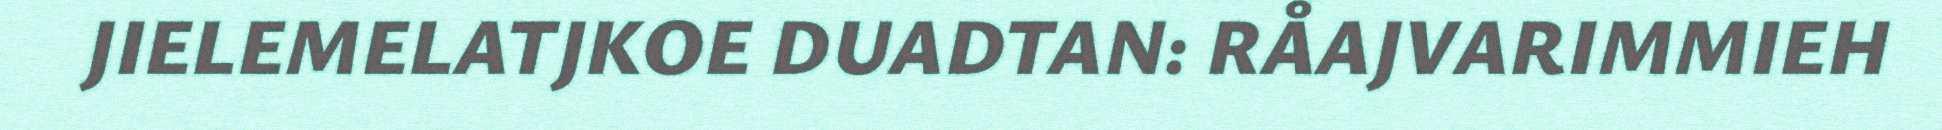
JIELEMELATJKOE DUADTAN: RÅAJVARIMMIEH